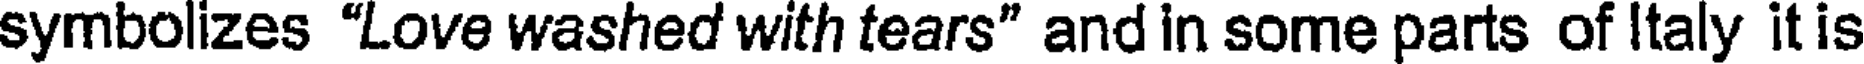
symbolizes "Love washed with tears" and in some parts of Italy it is